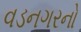
વડનગરનો